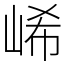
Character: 㟓